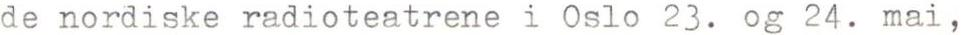
de nordiske radioteatrene i Oslo 23. og 24. mai,